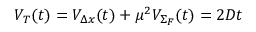
{ \cal V } _ { T } ( t ) = { \cal V } _ { \Delta x } ( t ) + \mu ^ { 2 } { \cal V } _ { \Sigma _ { F } } ( t ) = 2 D t